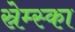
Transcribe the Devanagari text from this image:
स्रेम्स्का